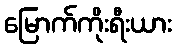
မြောက်ကိုးရီးယား